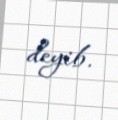
deyib.